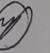
Signature authenticity: genuine